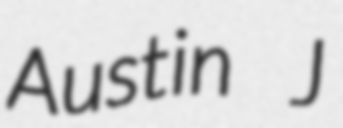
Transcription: Austin J